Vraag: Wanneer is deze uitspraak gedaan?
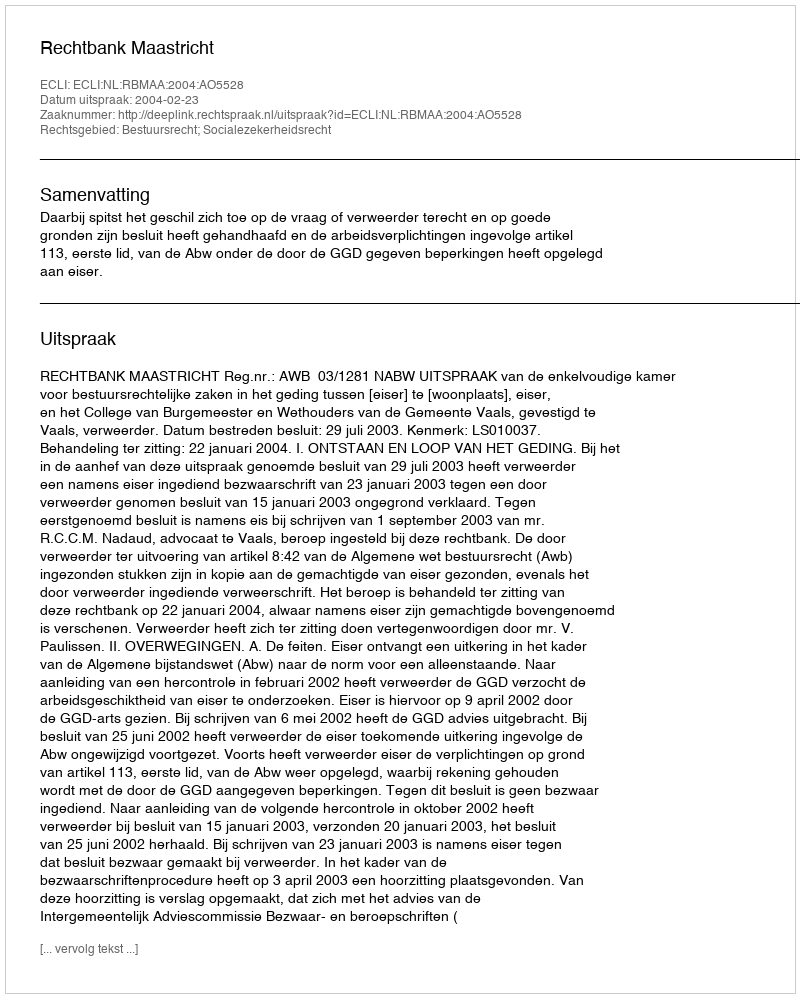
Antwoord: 2004-02-23